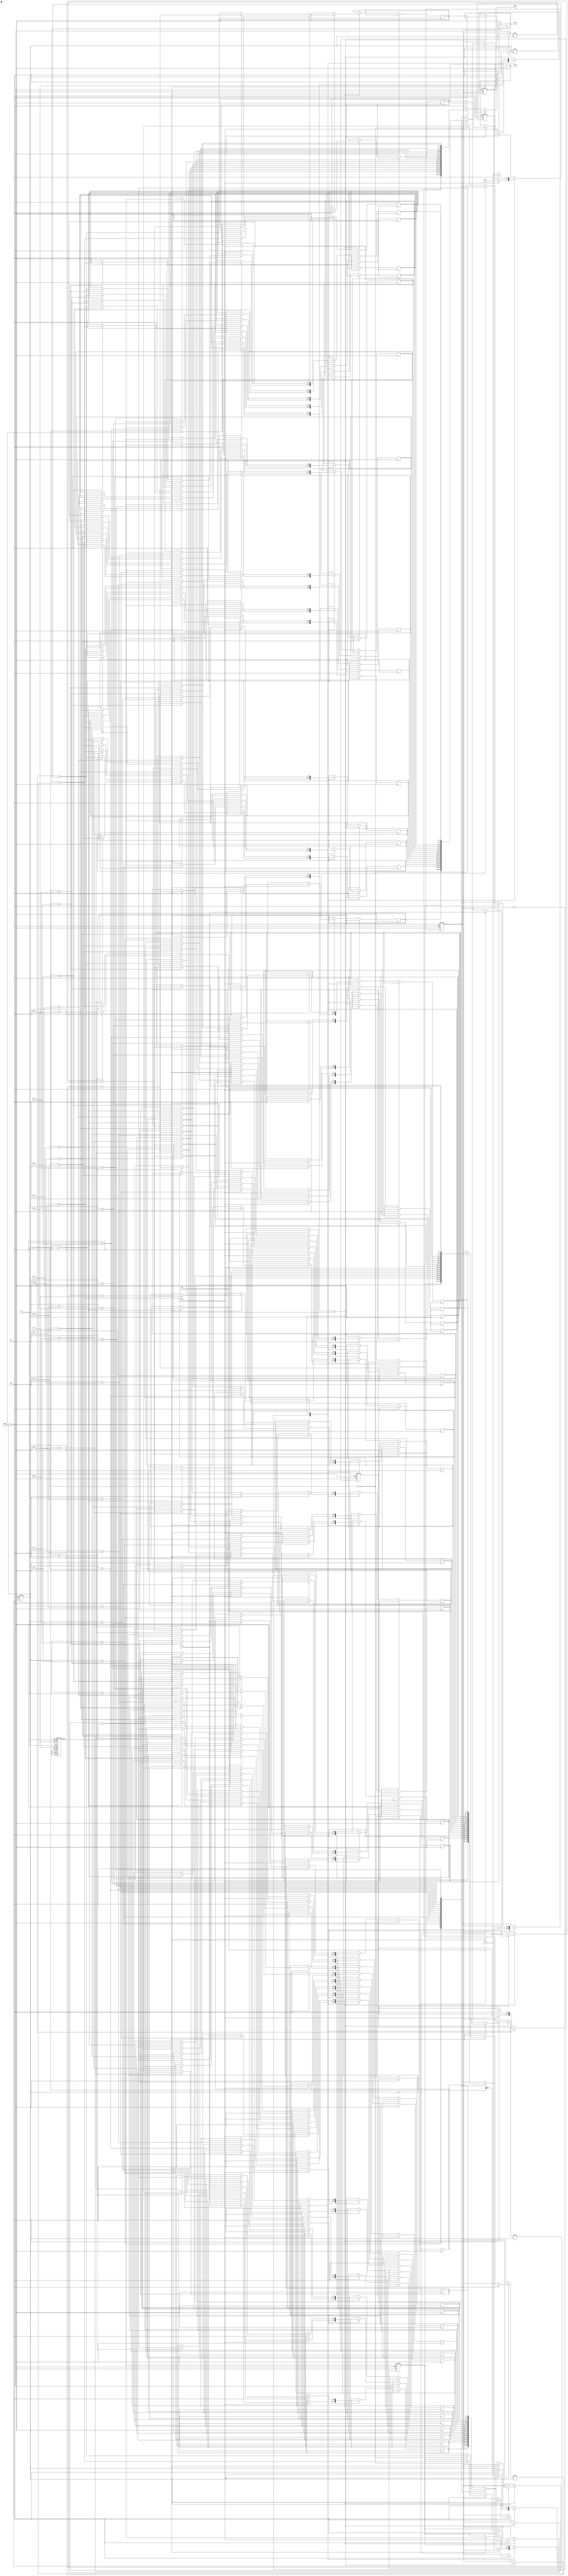
module Adaptive_CORDIC (
    input wire clk,
    input wire rst,
    input wire [15:0] x_in,     // Input X value
    input wire [15:0] y_in,     // Input Y value
    input wire [15:0] z_in,     // Input Angle or Z value
    input wire start,           // Signal to start computation
    output reg [15:0] x_out,    // Output X value (cosine)
    output reg [15:0] y_out,     // Output Y value (sine)
    output reg done             // Computation done signal
);

    // Parameters
    parameter NUM_STAGES = 16;  // Number of iterations/stages
    reg [15:0] angle_table [0:NUM_STAGES-1]; // Angle lookup table
    reg [15:0] x [0:NUM_STAGES]; // Intermediate X values
    reg [15:0] y [0:NUM_STAGES]; // Intermediate Y values
    reg [15:0] z [0:NUM_STAGES]; // Intermediate Z values
    reg [3:0] state;             // Current state
    reg [3:0] iteration;         // Current iteration count
    reg adaptive_done;           // Flags for adaptive mechanism
    
    // Initialize lookup table with arctangent values
    initial begin
        angle_table[0] = 16'h199A; // atan(2^0)
        angle_table[1] = 16'h0CC1; // atan(2^-1)
        angle_table[2] = 16'h0642; // atan(2^-2)
        angle_table[3] = 16'h0321; // atan(2^-3)
        angle_table[4] = 16'h0192; // atan(2^-4)
        angle_table[5] = 16'h00C5; // atan(2^-5)
        angle_table[6] = 16'h0063; // atan(2^-6)
        angle_table[7] = 16'h0031; // atan(2^-7)
        angle_table[8] = 16'h0019; // atan(2^-8)
        angle_table[9] = 16'h000C; // atan(2^-9)
        angle_table[10]= 16'h0006; // atan(2^-10)
        angle_table[11]= 16'h0003; // atan(2^-11)
        angle_table[12]= 16'h0002; // atan(2^-12)
        angle_table[13]= 16'h0001; // atan(2^-13)
        angle_table[14]= 16'h0000; // atan(2^-14)
        angle_table[15]= 16'hFFFF; // atan(2^-15)
    end

    // Finite State Machine and Main CORDIC Process
    always @(posedge clk or posedge rst) begin
        if (rst) begin
            state <= 0;
            iteration <= 0;
            x[0] <= x_in;
            y[0] <= y_in;
            z[0] <= z_in;
            done <= 0;
            adaptive_done <= 0;
        end 
        else begin
            case (state)
                0: begin
                    if (start) begin
                        // Initialize
                        iteration <= 0;
                        x[iteration] <= x_in;
                        y[iteration] <= y_in;
                        z[iteration] <= z_in;
                        state <= 1;
                        done <= 0;
                    end
                end
                1: begin
                    if (iteration < NUM_STAGES) begin
                        // CORDIC computation
                        if (z[iteration] < 0) begin
                            // Rotate clockwise
                            x[iteration+1] = x[iteration] + (y[iteration] >>> iteration);
                            y[iteration+1] = y[iteration] - (x[iteration] >>> iteration);
                            z[iteration+1] = z[iteration] + angle_table[iteration];
                        end else begin
                            // Rotate counter-clockwise
                            x[iteration+1] = x[iteration] - (y[iteration] >>> iteration);
                            y[iteration+1] = y[iteration] + (x[iteration] >>> iteration);
                            z[iteration+1] = z[iteration] - angle_table[iteration];
                        end
                        iteration <= iteration + 1;
                    end else begin
                        // Finished all iterations
                        x_out <= x[NUM_STAGES];
                        y_out <= y[NUM_STAGES];
                        done <= 1;
                        state <= 0; // Return to idle state
                    end
                end
            endcase
        end
    end
endmodule